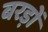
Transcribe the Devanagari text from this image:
बरड़ों